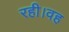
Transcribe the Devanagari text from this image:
रही।वह